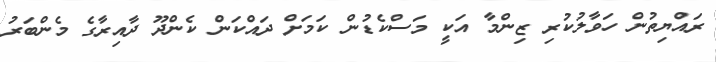
ރައްޔިތުން ހަވާލުކުރި ޒިންމާ އަކީ މަސްކެޑުން ކަމަށް ދައްކަން ކެންދޫ ދާއިރާގެ މެންބަރު